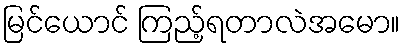
မြင်ယောင် ကြည့်ရတာလဲအမော။